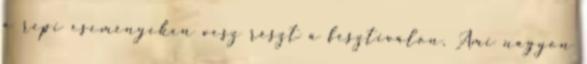
a repi eseményeken vesz részt a fesztiválon. Ami nagyon